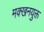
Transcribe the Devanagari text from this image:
मक्खनयुक्त